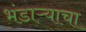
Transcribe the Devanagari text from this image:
भंडाऱ्याचा